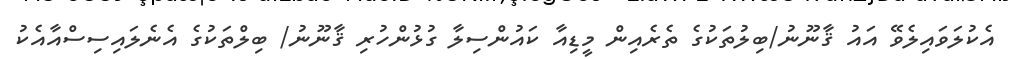
އެކުލަވައިލެވޭ އައު ޤާނޫނު/ބިލުތަކުގެ ތެރެއިން މީޑިއާ ކައުންސިލާ ގުޅުންހުރި ޤާނޫނު/ ބިލްތަކުގެ އެނެލައިސިސްއާއެކު